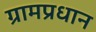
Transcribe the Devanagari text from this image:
ग्रामप्रधान